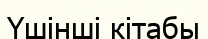
Үшінші кітабы